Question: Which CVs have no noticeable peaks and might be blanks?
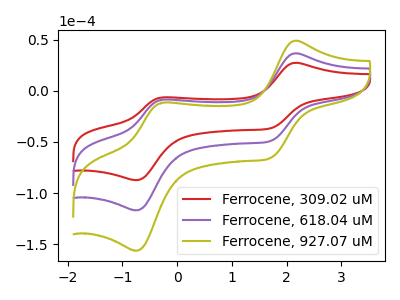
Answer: <think>The red curve "Ferrocene, 309.02 uM" has anodic peaks at (2.15V, 27.30uA) (-0.25V, -6.50uA) and cathodic peaks at (1.70V, -36.65uA) (-0.75V, -87.30uA). The purple curve "Ferrocene, 618.04 uM" has anodic peaks at (2.15V, 36.55uA) (-0.25V, -8.65uA) and cathodic peaks at (1.70V, -49.00uA) (-0.75V, -116.75uA). The olive curve "Ferrocene, 927.07 uM" has anodic peaks at (2.15V, 73.10uA) (-0.25V, -17.35uA) and cathodic peaks at (1.70V, -98.05uA) (-0.75V, -233.50uA).</think>
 <answer>There are not any CV's on this graph that are likely to be blanks.</answer>
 <eval>none</eval>